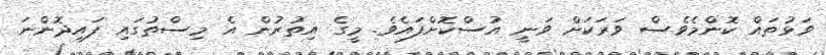
ވަޅުތައް ކޮންމެވެސް ވަރަކަށް ވަނީ އުސްކޮށްފައެވެ. މީގެ އިތުރުން އެ މިސްތުގައި ފައިދޮންނަ